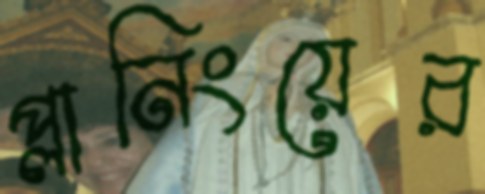
প্লানিংয়ের